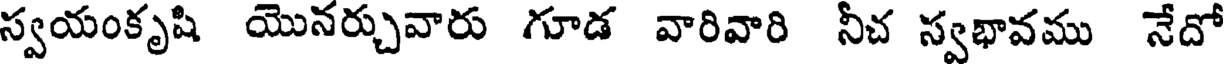
స్వయంకృషి యొనర్చువారు గూడ వారివారి నీచ స్వభావము నేదో